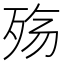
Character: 殇